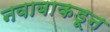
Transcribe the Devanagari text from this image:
नवाबाकडून